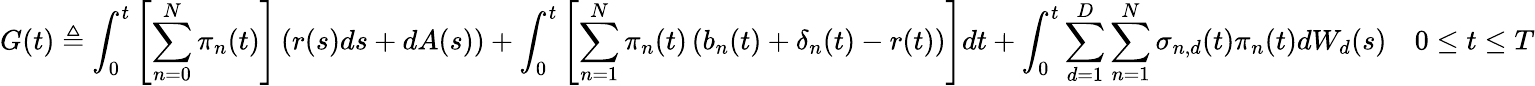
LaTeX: G(t)\triangleq\int_{0}^{t}\left[\sum_{n=0}^{N}\pi_{n}(t)\right]\left(r(s)ds+dA(s)\right)+\int_{0}^{t}\left[\sum_{n=1}^{N}\pi_{n}(t)\left(b_{n}(t)+\mathbf{\delta}_{n}(t)-r(t)\right)\right]dt+\int_{0}^{t}\sum_{d=1}^{D}\sum_{n=1}^{N}\mathbf{\sigma}_{n,d}(t)\pi_{n}(t)dW_{d}(s)\quad 0\leq t\leq T